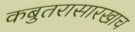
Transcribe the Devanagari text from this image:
कबुतरासारखाच